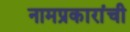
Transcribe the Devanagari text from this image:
नामप्रकारांची